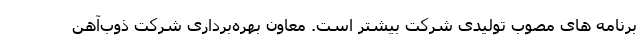
برنامه های مصوب تولیدی شرکت بیشتر است. معاون بهره‌برداری شرکت ذوب‌آهن